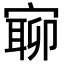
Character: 𡪉